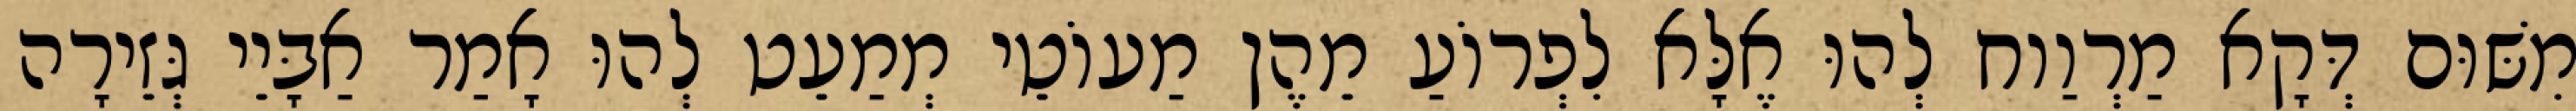
מִשּׁוּם דְּקָא מַרְוַוח לְהוּ אֶלָּא לִפְרוֹעַ מֵהֶן מַעוֹטֵי מְמַעֵט לְהוּ אָמַר אַבָּיֵי גְּזֵירָה